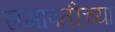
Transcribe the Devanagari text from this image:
सभापतीच्या